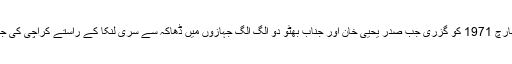
ایسی ہی ایک رات 25 مارچ 1971 کو گزری جب صدر یحییٰ خان اور جناب بھٹو دو الگ الگ جہازوں میں ڈھاکہ سے سری لنکا کے راستے کراچی کی جانب مائل بہ پرواز تھے۔